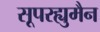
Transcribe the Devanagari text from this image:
सूपरह्युमैन